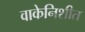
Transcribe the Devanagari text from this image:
वाकेनिशीत